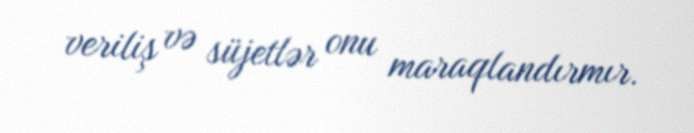
veriliş və süjetlər onu maraqlandırmır.